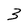
Character: 3